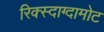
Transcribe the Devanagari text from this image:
रिक्स्दाग्दामोट